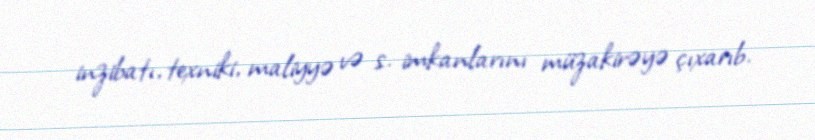
inzibatı, texniki, maliyyə və s. imkanlarını müzakirəyə çıxarıb.